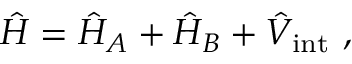
\hat { H } = \hat { H } _ { A } + \hat { H } _ { B } + \hat { V } _ { \mathrm { i n t } } \, \, ,